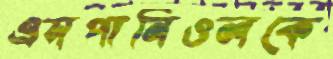
এসপানিওলকে